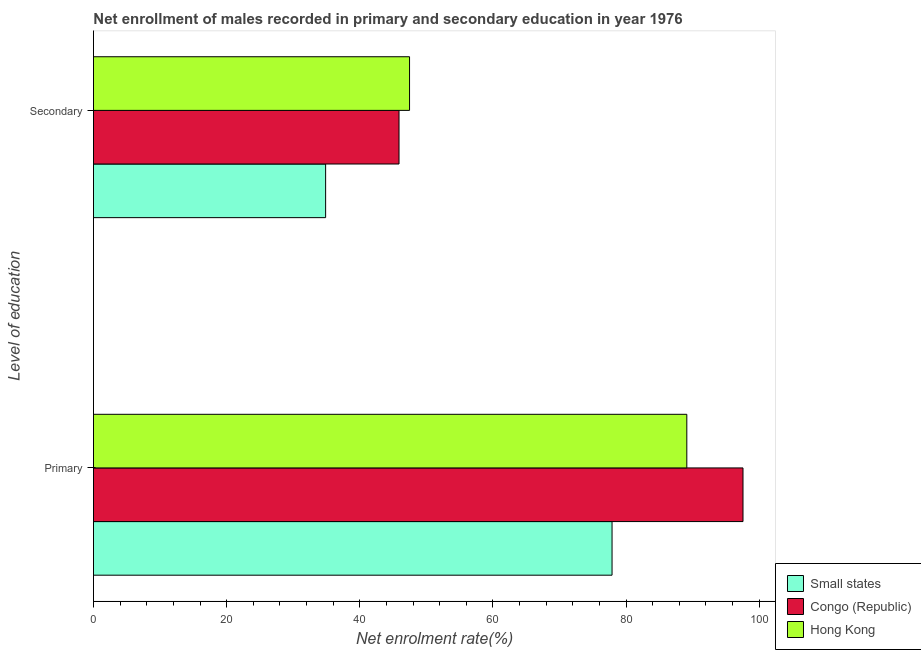
| Level of education | Small states | Congo (Republic) | Hong Kong |
 | --- | --- | --- | --- |
 | Primary | 77.9 | 97.6 | 89.1 |
 | Secondary | 34.9 | 45.9 | 47.5 |